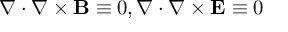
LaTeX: \nabla \cdot \nabla \times \mathbf { B } \equiv 0 , \nabla \cdot \nabla \times \mathbf { E } \equiv 0